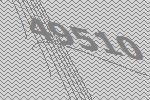
49510